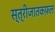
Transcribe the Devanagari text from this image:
स्त्रीजातकफ़ल